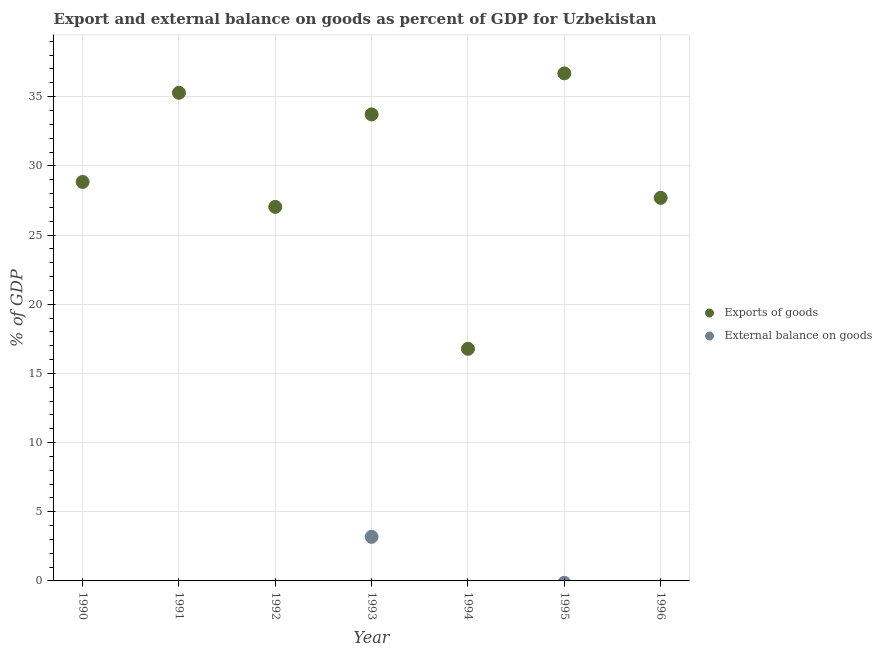
| Year | Exports of goods | External balance on goods |
 | --- | --- | --- |
 | 1990 | 28.8 | -19 |
 | 1991 | 35.3 | -3.86 |
 | 1992 | 27 | -16.2 |
 | 1993 | 33.7 | 3.19 |
 | 1994 | 16.8 | -3.78 |
 | 1995 | 36.7 | -0.138 |
 | 1996 | 27.7 | -6.49 |